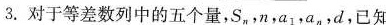
3.对于等差数列中的五个量，S，n，a1，a，，d，已知